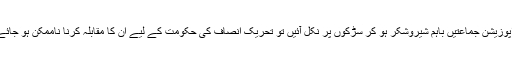
اگر اپوزیشن جماعتیں باہم شیروشکر ہو کر سڑکوں پر نکل آئیں تو تحریکِ انصاف کی حکومت کے لیے اُن کا مقابلہ کرنا ناممکن ہو جائے گا۔